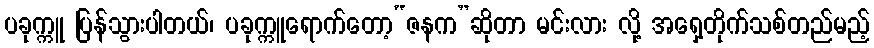
ပခုက္ကူ ပြန်သွားပါတယ်၊ ပခုက္ကူရောက်တော့“ဇနက”ဆိုတာ မင်းလား လို့ အရှေ့တိုက်သစ်တည်မည့်